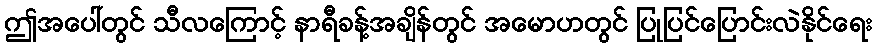
ဤအပေါ်တွင် သီလကြောင့် နာရီခန့်အချိန်တွင် အမောဟတွင် ပြုပြင်ပြောင်းလဲနိုင်ရေး